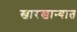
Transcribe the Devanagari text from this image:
खारखान्यात